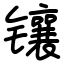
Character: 镶